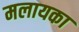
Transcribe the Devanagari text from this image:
मलायका